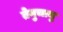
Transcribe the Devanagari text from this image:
तेनुचामु